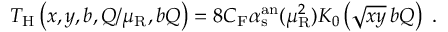
T _ { \mathrm { H } } \left( x , y , b , Q / \mu _ { \mathrm { R } } , b Q \right) = 8 C _ { \mathrm { F } } \alpha _ { \mathrm { s } } ^ { \mathrm { a n } } ( \mu _ { \mathrm { R } } ^ { 2 } ) K _ { 0 } \left( \sqrt { x y } \, b Q \right) \; .